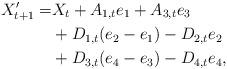
LaTeX: \begin{align*}X'_{t+1}=&X_t+A_{1,t}e_1+A_{3,t}e_3\\&+D_{1,t}(e_2-e_1)-D_{2,t}e_2\\&+D_{3,t}(e_4-e_3)-D_{4,t}e_4,\end{align*}